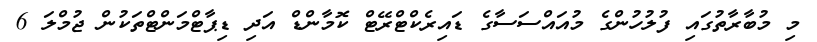
މި މުބާރާތުގައި ފުލުހުންގެ މުއައްސަސާގެ ޑައިރެކްޓްރޭޓް ކޮމާންޑް އަދި ޑިޕާޓްމަންޓްތަކުން ޖުމްލަ 6